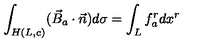
\int _ { H ( L , c ) } ( \vec { B } _ { a } \cdot \vec { n } ) d \sigma = \int _ { L } f _ { a } ^ { r } d x ^ { r }